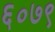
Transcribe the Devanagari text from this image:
६०७९